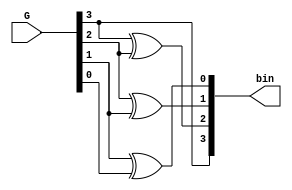
`timescale 1ns / 1ps
//////////////////////////////////////////////////////////////////////////////////
// Company: 
// Engineer: 
// 
// Design Name: 
// Module Name: gray_binary1
// Project Name: 
// Target Devices: 
// Tool Versions: 
// Description: 
// 
// Dependencies: 
// 
// Revision:
// Revision 0.01 - File Created
// Additional Comments:
// 
//////////////////////////////////////////////////////////////////////////////////


module gray_binary1(G,bin);
input [3:0]G;  
output [3:0]bin;//binary input

assign bin[3] = (G[3]);
assign bin[2] = (G[3] ^ G[2]);
assign bin[1] = (G[2] ^ G[1]);
assign bin[0] = (G[1] ^ G[0]);

endmodule